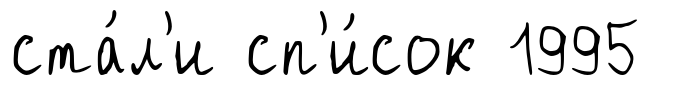
ста́л'и сп'и́сок 1995